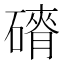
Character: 𮀾